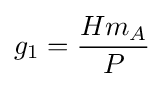
g_{1}={\frac {Hm_{A}}{P}}